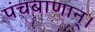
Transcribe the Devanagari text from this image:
पंचबाणान्‌।